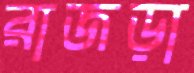
রাজড়া